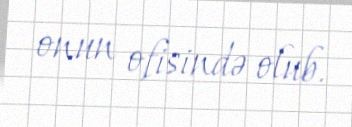
onun ofisində olub.